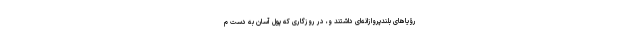
رؤیاهای بلندپروازانه‌ای داشتند و، در روزگاری که پول آسان به دست م